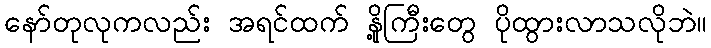
နော်တုလုကလည်း အရင်ထက် နို့ကြီးတွေ ပိုထွားလာသလိုဘဲ။